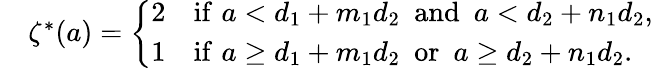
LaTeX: \begin{array}{rl}&{\zeta^{*}(a)=\left\{ \begin{array}{ll}{2}&{\mathrm{if}\, \, a<d_{1}+m_{1}d_{2}\ \ \mathrm{and}\ \ a<d_{2}+n_{1}d_{2},}\\ {1}&{\mathrm{if}\, \, a\geq d_{1}+m_{1}d_{2}\ \ \mathrm{or}\ \ a\geq d_{2}+n_{1}d_{2}.}\end{array}\right.}\end{array}